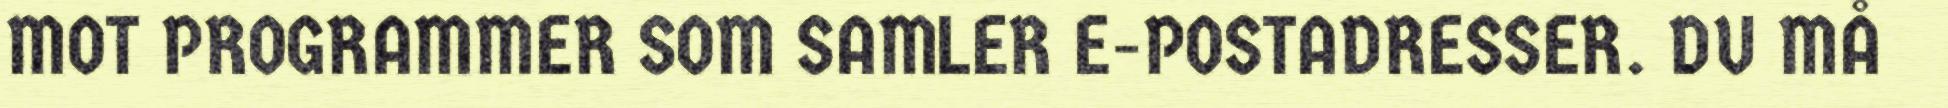
MOT PROGRAMMER SOM SAMLER E-POSTADRESSER. DU MÅ